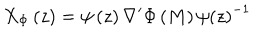
X _ { \Phi } \left( z \right) = \psi \left( z \right) \nabla ^ { \prime } \Phi \left( M \right) \psi \left( z \right) ^ { - 1 }